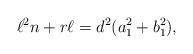
LaTeX: \begin{align*}\ell^2 n+r\ell = d^2(a_1^2+b_1^2),\end{align*}